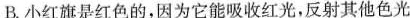
B.小红旗是红色的，因为它能吸收红光，反射其他色光